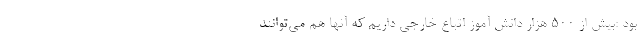
بود :بیش از ۵۰۰ هزار دانش آموز اتباع خارجی داریم که آنها هم می‌توانند